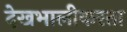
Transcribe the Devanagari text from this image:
देखभालीकरता